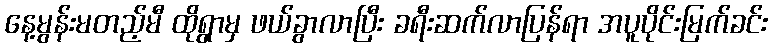
နေ့မွန်းမတည့်မီ ထိုရွာမှ ဖယ်ခွာလာပြီး ခရီးဆက်လာပြန်ရာ အပူပိုင်းမြက်ခင်း